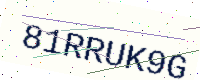
Text: 81RRUK9G